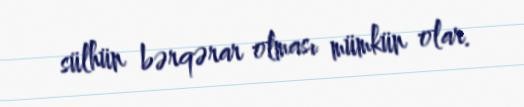
sülhün bərqərar olması mümkün olar.